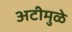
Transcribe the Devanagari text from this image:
अटीमुळे